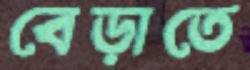
বেড়াতে